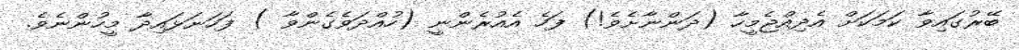
ބޭރުގައިވާ ކަމަކަށް އެދިއްޖެމީހާ (ދަންނާށެވެ!) ފަހެ އެއުރެންނީ (ހުއްދަވެގެންވާ ) ފަހަނަޅައިދާ މީހުންނެވެ.